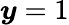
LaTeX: \boldsymbol y=1